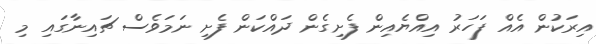
އިރަކުން އެއް ފަހަރު އިއްޔެއިން ފެށިގެން ދައްކަން ފެށި ނަމަވެސް ޗައިނާގައި މި